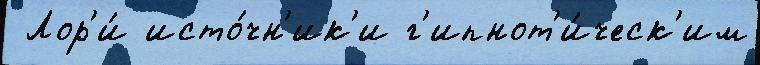
 Лор'и́ исто́чн'ик'и г'ипнот'и́ческ'им